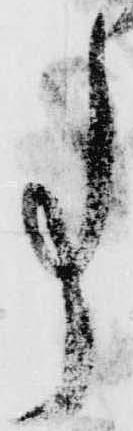
事